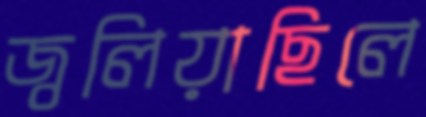
জ্বলিয়াছিলে